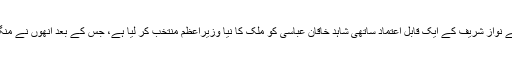
پاکستان کے اراکین قومی اسمبلی کی بھاری اکثریت نے نواز شریف کے ایک قابل اعتماد ساتھی شاہد خاقان عباسی کو ملک کا نیا وزیراعظم منتخب کر لیا ہے، جس کے بعد اُنھوں نے منگل ہی کی شام ایوان صدر میں اپنے منصب کا حلف لیا۔